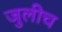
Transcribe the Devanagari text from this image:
जुलीच